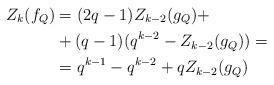
LaTeX: \begin{align*}Z_k(f_Q)&=(2q-1)Z_{k-2}(g_Q)+\\&+(q-1)(q^{k-2}-Z_{k-2}(g_Q))=\\&=q^{k-1}-q^{k-2}+qZ_{k-2}(g_Q)\end{align*}